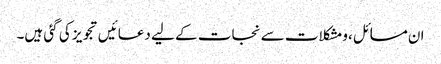
ان مسائل ،ومشکلات سے نجات کے لیے دعائیں تجویز کی گئی ہیں۔